system: You are a helpful assistant.
user:
Analyze the provided spectrum to determine if it is a **"Cataclysmic Variables (CV)"**.

- **Key Indicators for CV (Check for either state):**
    - **State 1: Quiescent / Low-State (Emission-Dominated)**
        - **(Primary):** Strong and *very broad* Hydrogen Balmer emission lines (e.g., $H\alpha$ at 6563 Å, $H\beta$ at 4861 Å). The 'broadness' (high velocity dispersion, often FWHM > 1000 km/s) is the key diagnostic, indicating a high-velocity accretion disk.
        - **(Secondary):** Broad neutral Helium (He I) emission lines (e.g., 5876 Å, 6678 Å).
        - **(Key Confirmation):** Presence of high-excitation *ionized* Helium (He II) emission at 4686 Å. This is a strong indicator of accretion onto a white dwarf.
        - **(Line Profile):** Emission lines may exhibit a 'double-peaked' profile, which is a classic signature of a rotating accretion disk viewed at high inclination.

    - **State 2: Outburst / High-State (Absorption-Dominated)**
        - **(Primary):** Spectrum is dominated by a bright, blue continuum (looks like a hot star).
        - **(Secondary):** The emission lines from State 1 are weak, absent, or 'filled in', and are replaced by broad, shallow *absorption* lines (primarily Balmer and He I).
        - **(Morphology):** The overall spectrum mimics a hot B/A-type star. The crucial difference is that the absorption lines are significantly broader, shallower, and more 'washed-out' (or 'smeared') than the sharp lines of a normal stellar photosphere, due to high rotational speeds and pressure broadening in the disk.

Think first, call **spectral_visualization_tool** if needed to examine features in detail, then provide your final answer. Your response must adhere to the following strict rules:
1.  **Overall Structure:** Your response must follow the format `<think>...</think> <tool_call>...</tool_call> (if a tool is used) <answer>...</answer>`.
2.  **Tool Usage Constraint:** You may only make **one** tool call per turn.
3.  **Final Answer Format:** In the `<answer>` tag, your conclusion must be inside a `\boxed{}` command (e.g., `\boxed{YES}`), followed by your justification.

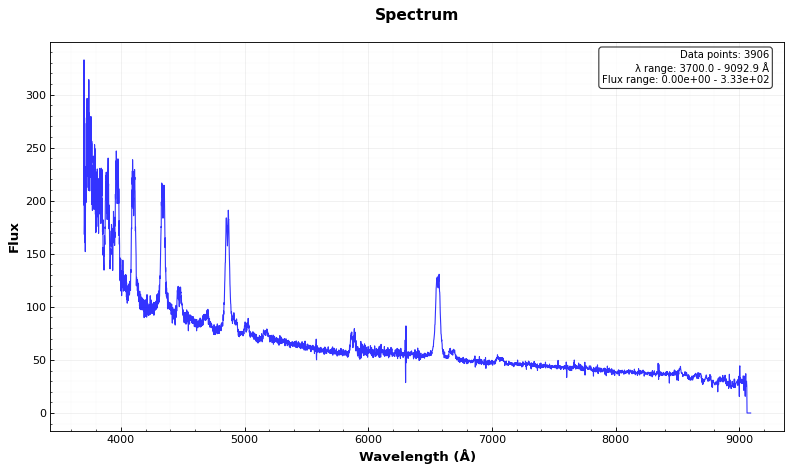
Answer: YES